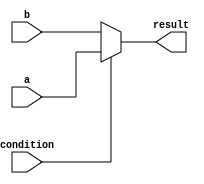
module if_else_example (
    input wire condition,
    input wire a,
    input wire b,
    output reg result
);

always @ (*) begin
    result = (condition) ? a : b;
end

endmodule